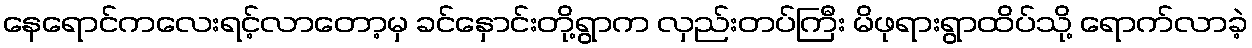
နေရောင်ကလေးရင့်လာတော့မှ ခင်နှောင်းတို့ရွာက လှည်းတပ်ကြီး မိဖုရားရွာထိပ်သို့ ရောက်လာခဲ့